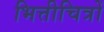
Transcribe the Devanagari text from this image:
भित्तीचित्रों